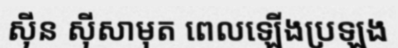
ស៊ីន ស៊ីសាមុត ពេលឡើងប្រឡង